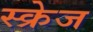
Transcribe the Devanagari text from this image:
स्क्रेज